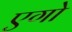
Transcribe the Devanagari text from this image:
एगो